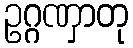
ဥဂ္ဂဏှာတု